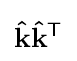
\mathbf {\hat {k}} \mathbf {\hat {k}} ^{\mathsf {T}}